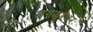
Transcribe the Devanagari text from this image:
जगद्धुरंधरः